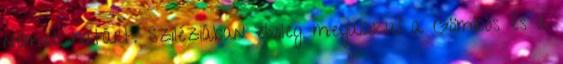
német határt. Sziléziában elvileg megalakul a Gömbös és a